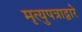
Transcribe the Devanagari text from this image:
मृत्युपत्राद्वारे